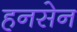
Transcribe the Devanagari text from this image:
हनसेन